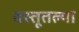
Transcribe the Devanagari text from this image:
वस्तूतल्या